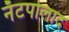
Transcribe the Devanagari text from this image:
नॅटपोलाद